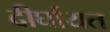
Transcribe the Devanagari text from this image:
दीर्घायत